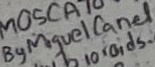
Text: By Miguel Canel